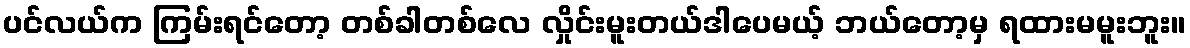
ပင်လယ်က ကြမ်းရင်တော့ တစ်ခါတစ်လေ လှိုင်းမူးတယ်ဒါပေမယ့် ဘယ်တော့မှ ရထားမမူးဘူး။